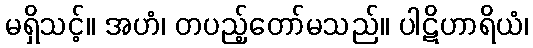
မရှိသင့်။ အဟံ၊ တပည့်တော်မသည်။ ပါဋိဟာရိယံ၊